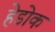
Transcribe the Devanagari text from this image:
हेडोक